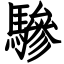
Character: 驂